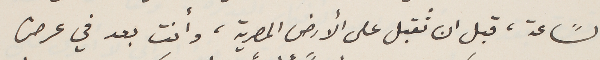
السًاعة، قبل ان تُقبل على الأرض المصرية، وأنت بعد في عرض